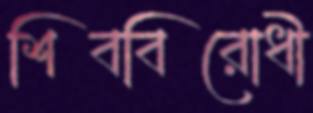
শিববিরোধী